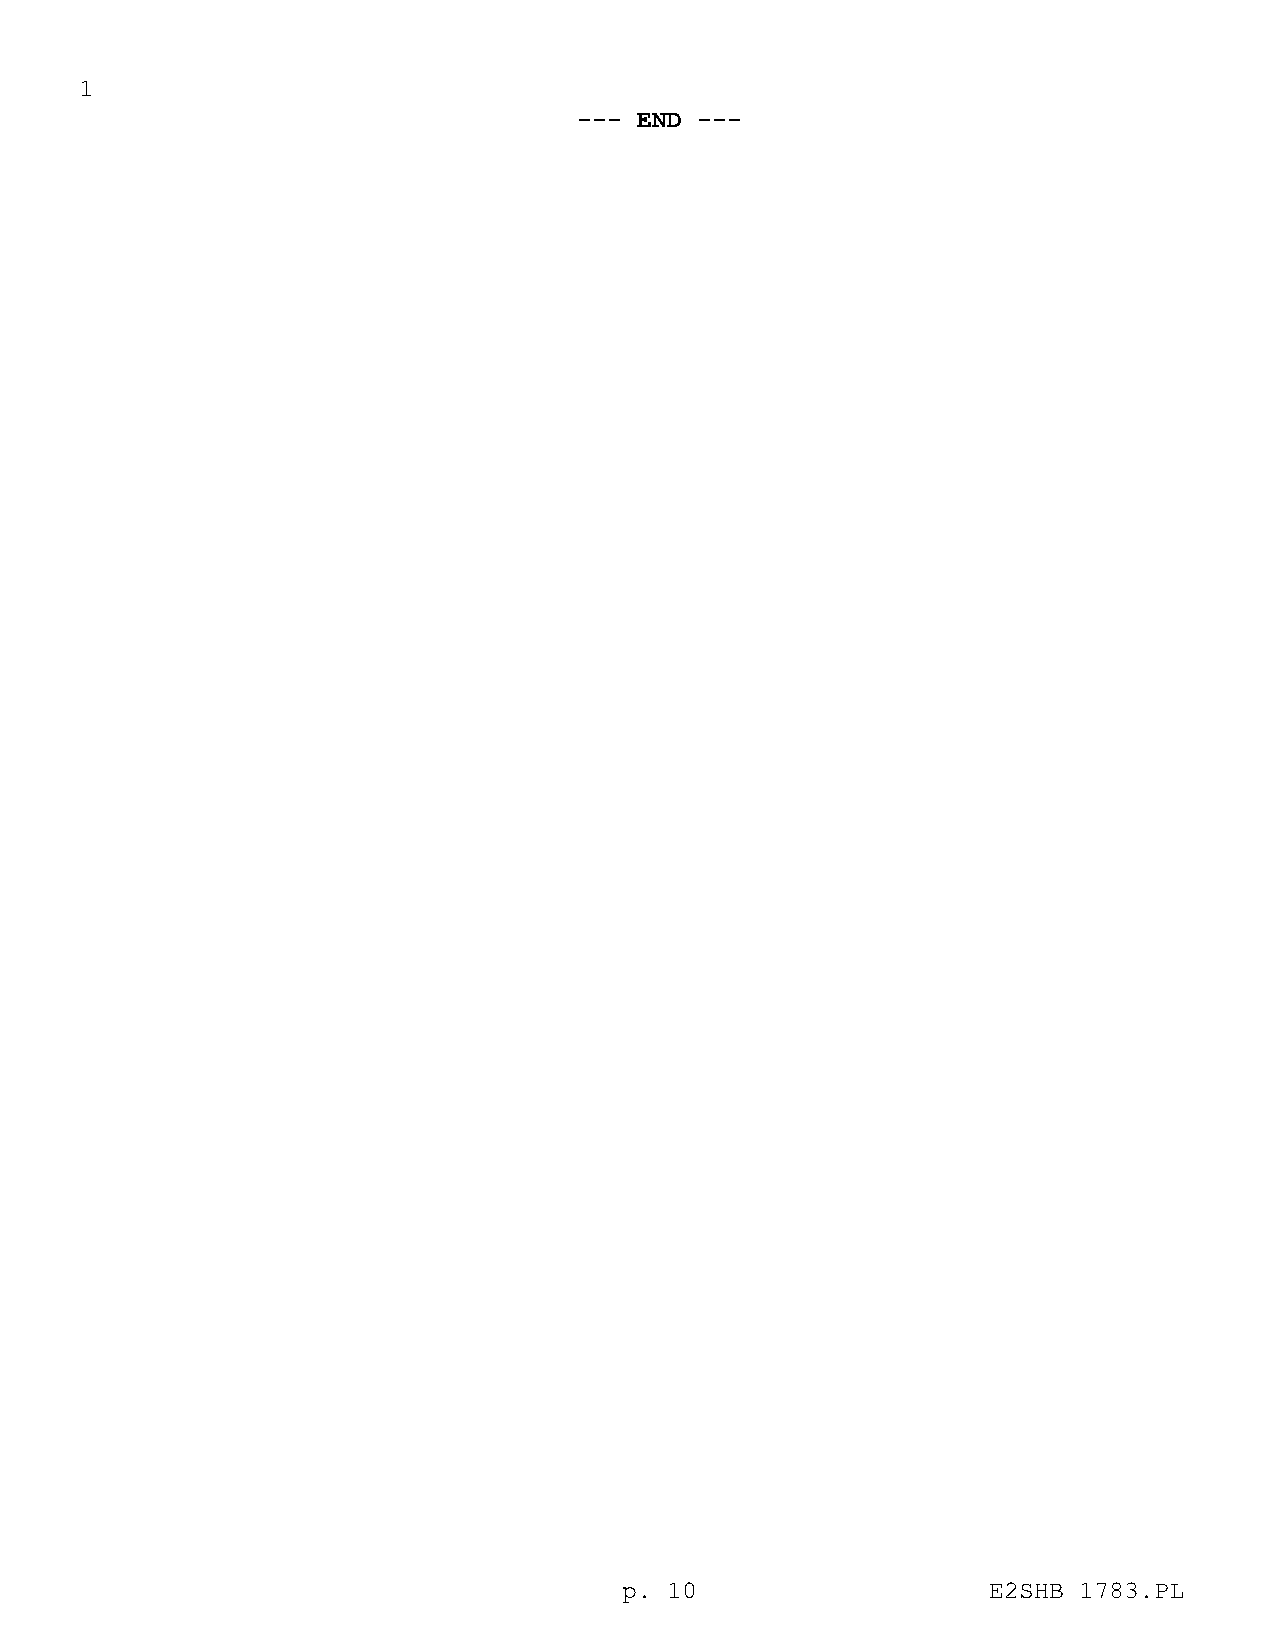
1
 --- END ---
 p. 10                   E2SHB 1783.PL